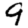
Digit: 9